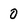
Character: 0